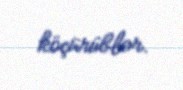
köçürüblər.